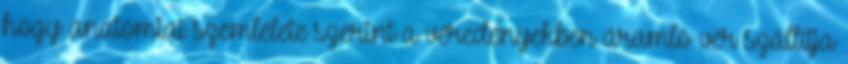
hogy anatómiai szemlélete szerint a véredényekben áramló vér szállítja